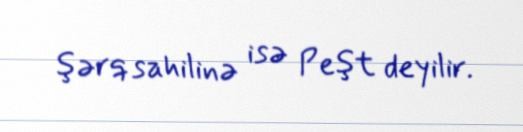
şərq sahilinə isə Peşt deyilir.